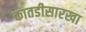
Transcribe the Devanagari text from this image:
कातडीसारखा